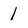
Character: 1